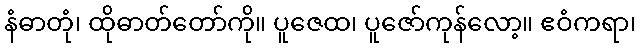
နံဓာတုံ၊ ထိုဓာတ်တော်ကို။ ပူဇေထ၊ ပူဇော်ကုန်လော့။ ဧဝံကရာ၊